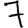
Digit: 7